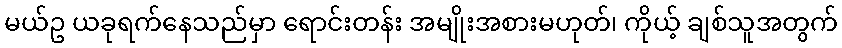
မယ်ဥ ယခုရက်နေသည်မှာ ရောင်းတန်း အမျိုးအစားမဟုတ်၊ ကိုယ့် ချစ်သူအတွက်